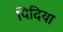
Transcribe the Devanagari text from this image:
पिदिया